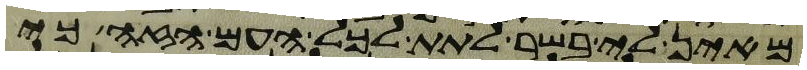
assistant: מאין לי בשר לתת לכל העם הזה כי